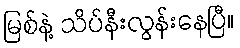
မြစ်နဲ့ သိပ်နီးလွန်းနေပြီ။